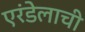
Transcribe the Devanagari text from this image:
एरंडेलाची